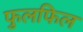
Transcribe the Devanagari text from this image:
फुलफिल